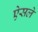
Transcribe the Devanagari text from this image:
ऐसले